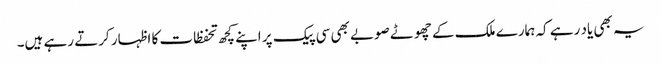
یہ بھی یاد رہے کہ ہمارے ملک کے چھوٹے صوبے بھی سی پیک پر اپنے کچھ تحفظات کا اظہار کرتے رہے ہیں۔